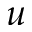
u